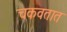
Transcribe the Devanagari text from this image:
चकवतात